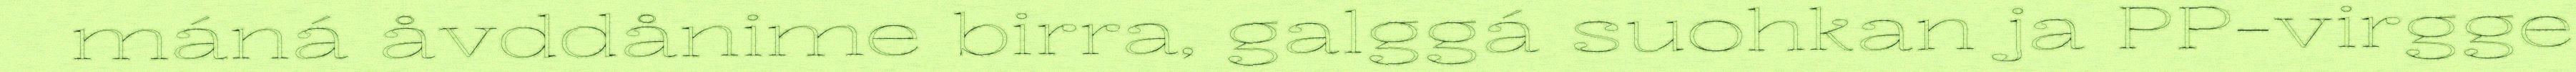
máná åvddånime birra, galggá suohkan ja PP-virgge